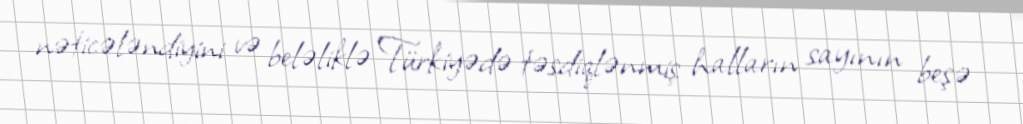
nəticələndiyini və beləliklə Türkiyədə təsdiqlənmiş halların sayının beşə